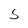
Character: 5